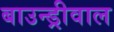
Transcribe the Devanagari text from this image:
बाउन्ड्रीवाल